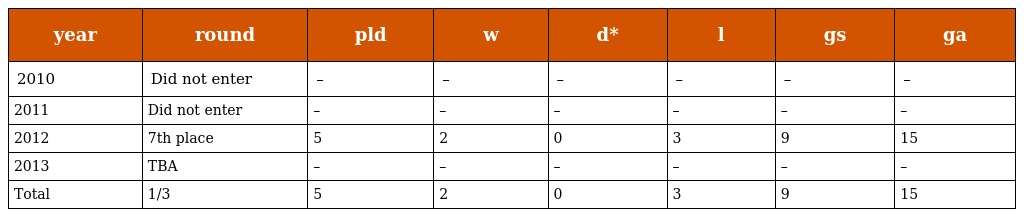
| year | round | pld | w | d* | l | gs | ga |
 | --- | --- | --- | --- | --- | --- | --- | --- |
 | 2010 | Did not enter | – | – | – | – | – | – |
 | 2011 | Did not enter | – | – | – | – | – | – |
 | 2012 | 7th place | 5 | 2 | 0 | 3 | 9 | 15 |
 | 2013 | TBA | – | – | – | – | – | – |
 | Total | 1/3 | 5 | 2 | 0 | 3 | 9 | 15 |